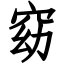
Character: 窈